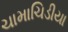
ચામાચિડીયા